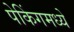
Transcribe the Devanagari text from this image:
पेकिंगमध्ये